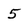
Character: 5